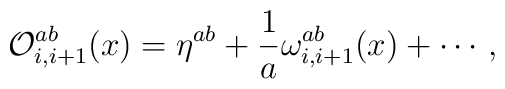
{\cal O}_{i,i+1}^{ab}(x)=\eta^{ab}+\frac{1}{a}\omega_{i,i+1}^{ab}(x)+    \cdots \, ,